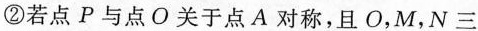
②若点P与点O关于点A对称，且O，M，N三